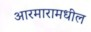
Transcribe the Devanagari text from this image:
आरमारामधील